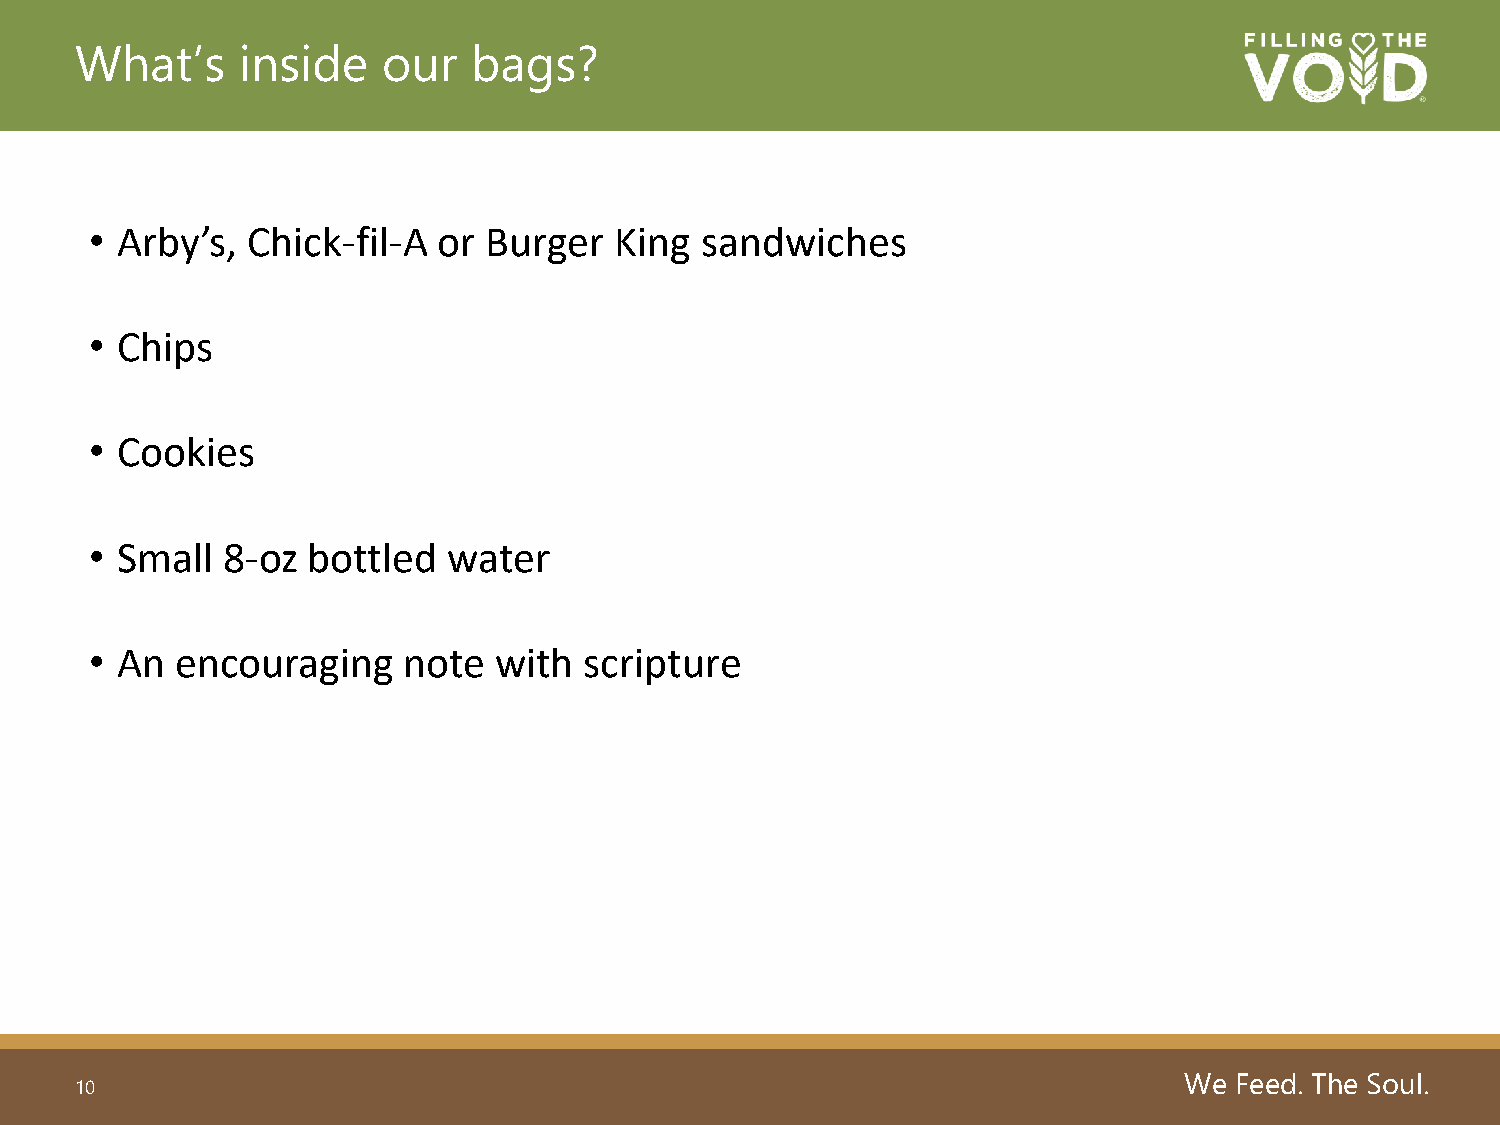
What’s     inside   our   bags?
 • Arby’s, Chick-fil-A  or Burger   King sandwiches
 • Chips
 • Cookies
 • Small  8-oz bottled   water
 • An  encouraging    note  with  scripture
 We  Feed. The Soul.
 10